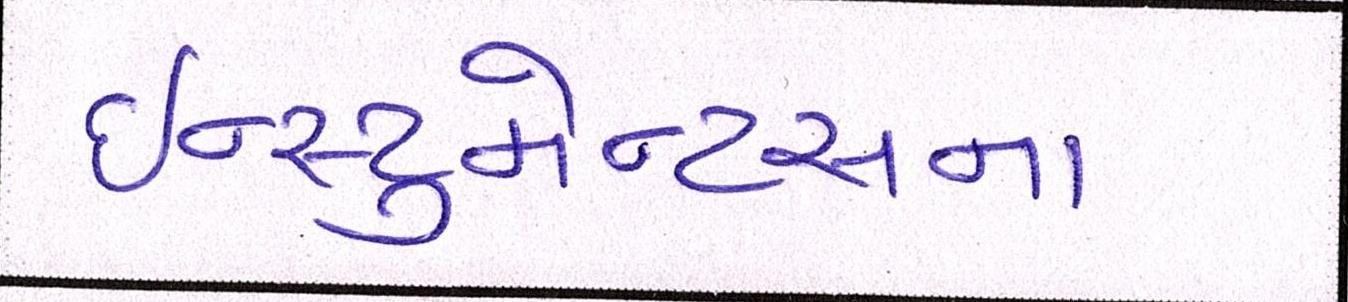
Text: ઇન્સ્ટ્રુમેન્ટસના